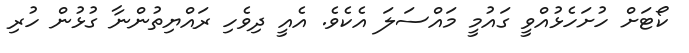
ކޯޓަށް ހުށަހެޅުއްވީ ގައުމީ މައްސަލަ އެކެވެ. އެއީ ދިވެހި ރައްޔިތުންނާ ގުޅުން ހުރި